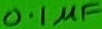
Text: 0.1µF